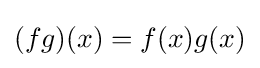
(fg)(x)=f(x)g(x)